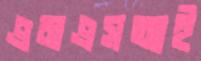
এমএসআই